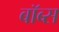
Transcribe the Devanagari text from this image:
बॉब्स